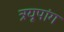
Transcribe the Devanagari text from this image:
त्रयूपांग